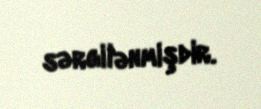
sərgilənmişdir.